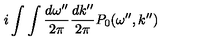
i \int \int \frac { d \omega ^ { \prime \prime } } { 2 \pi } \frac { d k ^ { \prime \prime } } { 2 \pi } P _ { 0 } ( \omega ^ { \prime \prime } , k ^ { \prime \prime } )